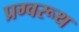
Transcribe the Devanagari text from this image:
प्रग्वरूथ